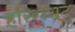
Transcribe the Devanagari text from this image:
हरिरन्यद्